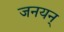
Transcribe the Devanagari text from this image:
जनयन्